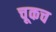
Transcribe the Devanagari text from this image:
चूकच